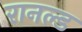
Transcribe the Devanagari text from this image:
रानल्ड